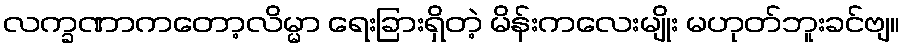
လက္ခဏာကတော့လိမ္မာ ရေးခြားရှိတဲ့ မိန်းကလေးမျိုး မဟုတ်ဘူးခင်ဗျ။